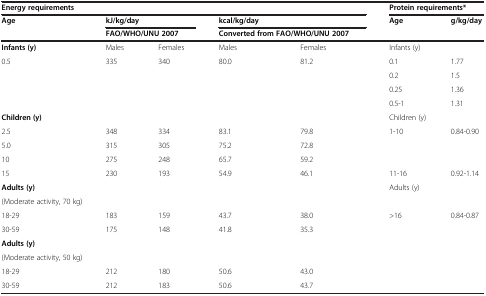
| <COLSPAN=5> Energy requirements | <COLSPAN=2> Protein requirements* |
 | Age | <COLSPAN=2> kJ/kg/day | <COLSPAN=2> kcal/kg/day | Age | g/kg/day |
 |  | <COLSPAN=2> FAO/WHO/UNU 2007 | <COLSPAN=2> Converted from FAO/WHO/UNU 2007 |  |  |
 | --- | --- | --- | --- | --- | --- | --- |
 | Infants (y) | Males | Females | Males | Females | Infants (y) |  |
 | 0.5 | 335 | 340 | 80.0 | 81.2 | 0.1 | 1.77 |
 |  |  |  |  |  | 0.2 | 1.5 |
 |  |  |  |  |  | 0.25 | 1.36 |
 |  |  |  |  |  | 0.5-1 | 1.31 |
 | Children (y) |  |  |  |  | Children (y) |  |
 | 2.5 | 348 | 334 | 83.1 | 79.8 | 1-10 | 0.84-0.90 |
 | 5.0 | 315 | 305 | 75.2 | 72.8 |  |  |
 | 10 | 275 | 248 | 65.7 | 59.2 |  |  |
 | 15 | 230 | 193 | 54.9 | 46.1 | 11-16 | 0.92-1.14 |
 | Adults (y) | <ROWSPAN=2>  | <ROWSPAN=2>  | <ROWSPAN=2>  | <ROWSPAN=2>  | <ROWSPAN=2> Adults (y) | <ROWSPAN=2>  |
 | (Moderate activity, 70 kg) |
 | 18-29 | 183 | 159 | 43.7 | 38.0 | >16 | 0.84-0.87 |
 | 30-59 | 175 | 148 | 41.8 | 35.3 |  |  |
 | Adults (y) | <ROWSPAN=2>  | <ROWSPAN=2>  | <ROWSPAN=2>  | <ROWSPAN=2>  | <ROWSPAN=2>  | <ROWSPAN=2>  |
 | (Moderate activity, 50 kg) |
 | 18-29 | 212 | 180 | 50.6 | 43.0 |  |  |
 | 30-59 | 212 | 183 | 50.6 | 43.7 |  |  |